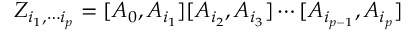
Z _ { i _ { 1 } , \cdots i _ { p } } = [ A _ { 0 } , A _ { i _ { 1 } } ] [ A _ { i _ { 2 } } , A _ { i _ { 3 } } ] \cdots [ A _ { i _ { p - 1 } } , A _ { i _ { p } } ]